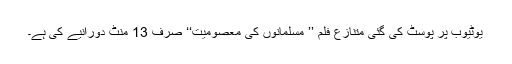
یوٹیوب پر پوسٹ کی گئی متنازع فلم ’’ مسلمانوں کی معصومیت‘‘ صرف 13 منٹ دورانیے کی ہے۔